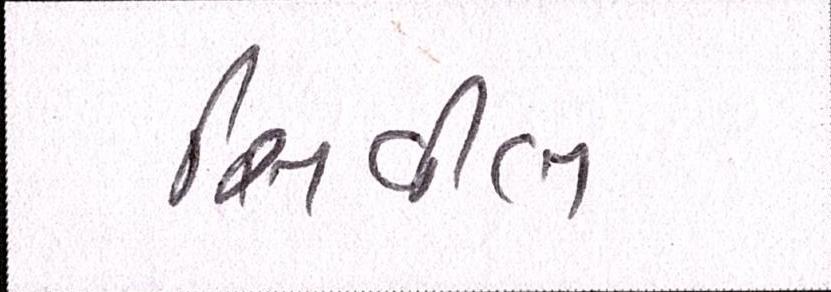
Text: સિવીલ